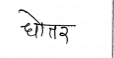
मजकूर: धोतर